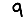
Digit: 9